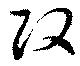
改